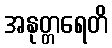
အနုတ္တရေတိ